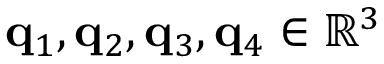
\mathbf { q } _ { 1 } , \mathbf { q } _ { 2 } , \mathbf { q } _ { 3 } , \mathbf { q } _ { 4 } \in \mathbb { R } ^ { 3 }